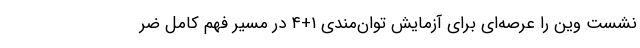
نشست وین را عرصه‌ای برای آزمایش توان‌مندی ۱+۴ در مسیر فهم کامل ضر